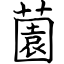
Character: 薗